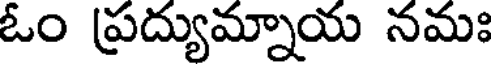
ఓం ప్రద్యుమ్నాయ నమః